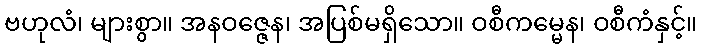
ဗဟုလံ၊ များစွာ။ အနဝဇ္ဇေန၊ အပြစ်မရှိသော။ ဝစီကမ္မေန၊ ဝစီကံနှင့်။